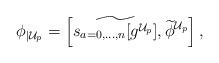
\begin{align*}\phi_{|\mathcal{U}_p} = \left[\widetilde{s_{a=0,...,n}[g^{\mathcal{U}_p}]},\widetilde{\phi}^{\mathcal{U}_p} \right],\end{align*}